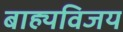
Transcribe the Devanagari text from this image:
बाह्यविजय